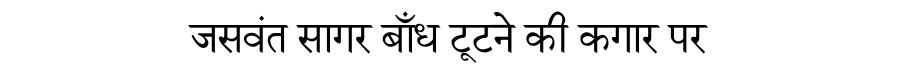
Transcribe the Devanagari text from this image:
जसवंत सागर बाँध टूटने की कगार पर